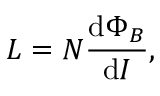
L = N { \frac { \mathrm { d } \Phi _ { B } } { \mathrm { d } I } } , \,